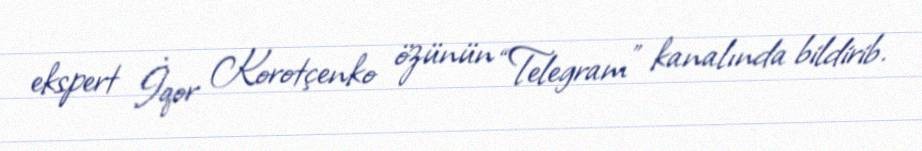
ekspert İqor Korotçenko özünün “Telegram” kanalında bildirib.